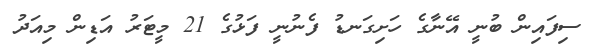
ސިފައިން ބުނީ އޭނާގެ ހަށިގަނޑު ފެނުނީ ފަޅުގެ 21 މީޓަރު އަޑިން މިއަދު